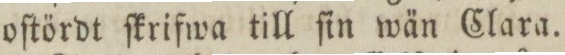
oſtördt ſkrifwa till ſin wän Clara.